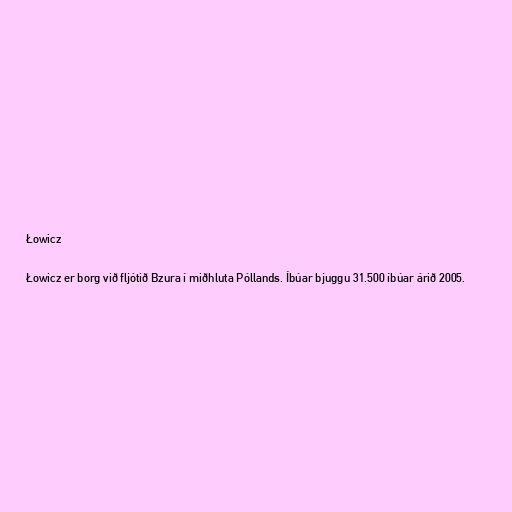
Łowicz

Łowicz er borg við fljótið Bzura í miðhluta Póllands. Íbúar bjuggu 31.500 íbúar árið 2005.